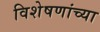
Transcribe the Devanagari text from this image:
विशेषणांच्या